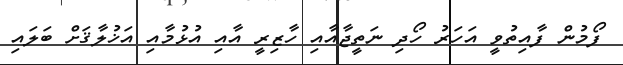
ފޯމުން ފާއިތުވީ އަހަރު ހޯދި ނަތީޖާއާއި ހާޒިރީ އާއި އުޅުމާއި އަޚުލާޤަށް ބަލައި